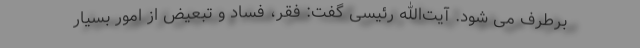
برطرف می شود. آیت‌الله رئیسی گفت: فقر، فساد و تبعیض از امور بسیار